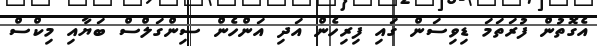
އެގޮތުން ފުރަތަމަ ޑިވިސަން ގައި ފިރިހެން އަދި އަންހެން ސިންގަލްސް ބަޔާއި މިކްސް